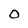
Character: O